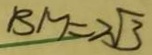
B M = 2 \sqrt { 3 }